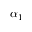
\alpha _ { 1 }